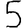
Digit: 5